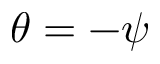
\theta = - \psi